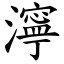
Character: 濘